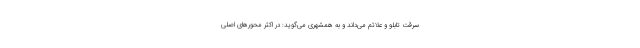
سرقت تابلو و علائم می‌داند و به همشهری می‌گوید: در اکثر محورهای اصلی